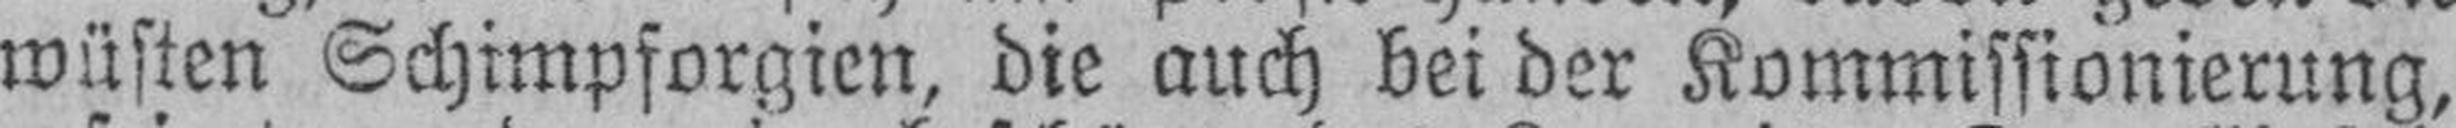
wüsten Schimpforgien, die auch bei der Kommissionierung,